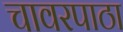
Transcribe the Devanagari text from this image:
चावरपाठा